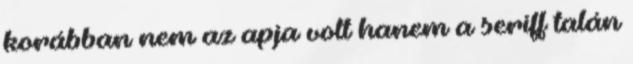
korábban nem az apja volt hanem a seriff talán